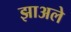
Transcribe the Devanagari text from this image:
झाअले